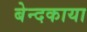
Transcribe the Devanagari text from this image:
बेन्दकाया